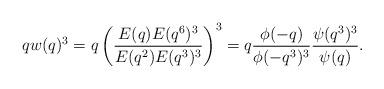
LaTeX: \begin{align*}qw(q)^3=q\left(\frac{E(q)E(q^6)^3}{E(q^2)E(q^3)^3}\right)^3=q\frac{\phi(-q)}{\phi(-q^3)^3}\frac{\psi(q^3)^3}{\psi(q)}.\end{align*}